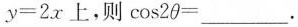
$$y = 2 x$$上，则$$cos2θ = ___ $$。